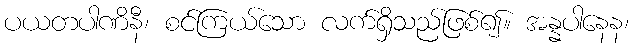
ပယတပါဏိနီ၊ စင်ကြယ်သော လက်ရှိသည်ဖြစ်၍။ အန္နပါနေန၊